Madras plague regulations in force outside the Presidency town - Volume 5
Disease focus: Plague
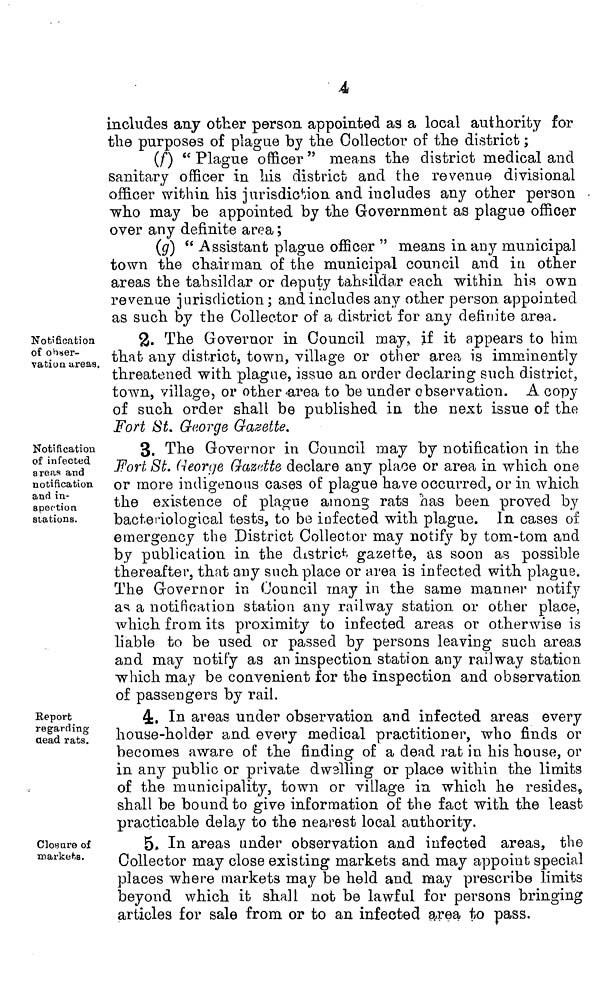
4
includes any other person appointed as a local authority for
the purposes of plague by the Collector of the district ;
(f) " Plague officer " means the district medical and
sanitary officer in his district and the revenue divisional
officer within his jurisdiction and includes any other person
who may be appointed by the Government as plague officer
over any definite area ;
(g) " Assistant plague officer " means in any municipal
town the chairman of the municipal council and in other
areas the tahsildar or deputy tahsildar each within his own
revenue jurisdiction ; and includes any other person appointed
as such by the Collector of a district for any definite area.
Notification
of obser-
vation areas.
8. The Governor m Council may, if it appears to him
that any district, town, village or other area is imminently
threatened with plague, issue an order declaring such district,
town, village, or other area to be under observation. A copy
of such order shall be published in the next issue of the
Fort St. George Gazette.
Notification
of infected
areas and
notification
and in-
spection
stations.
3. The Governor in Council may by notification in the
Fort St. (George Gazette declare any place or area in which one
or more indigenous cases of plague have occurred, or in which
the existence of plague among rats has been proved by
bacteriological tests, to be infected with plague. In cases of
emergency the District Collector may notify by tom-tom and
by publication in the district gazette, as soon as possible
thereafter, that any such place or area is infected with plague.
The Governor in Council may in the same manner notify
as a notification station any railway station or other place,
which from its proximity to infected areas or otherwise is
liable to be used or passed by persons leaving such areas
and may notify as an inspection station any railway station
which may be convenient for the inspection and observation
of passengers by rail.
Report
regarding
dead rats.
4. In areas under observation and infected areas every
house-holder and every medical practitioner, who finds or
becomes aware of the finding of a dead rat in his house, or
in any public or private dwelling or place within the limits
of the municipality, town or village in which he resides,
shall be bound to give information of the fact with the least
practicable delay to the nearest local authority.
Closure of
markets.
5. In areas under observation and infected areas, the
Collector may close existing markets and may appoint special
places where markets may be held and may prescribe limits
beyond which it shall not be lawful for persons bringing
articles for sale from or to an infected area to pass.